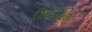
સિલસીલો